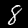
Label: 8